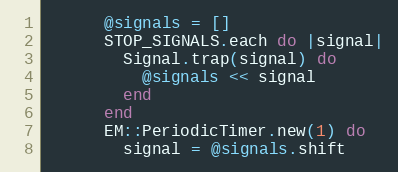
Language: Ruby
      @signals = []
      STOP_SIGNALS.each do |signal|
        Signal.trap(signal) do
          @signals << signal
        end
      end
      EM::PeriodicTimer.new(1) do
        signal = @signals.shift